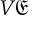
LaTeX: V { \mathfrak { E } }